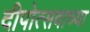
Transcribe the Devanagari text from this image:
दीपोत्सवाच्या